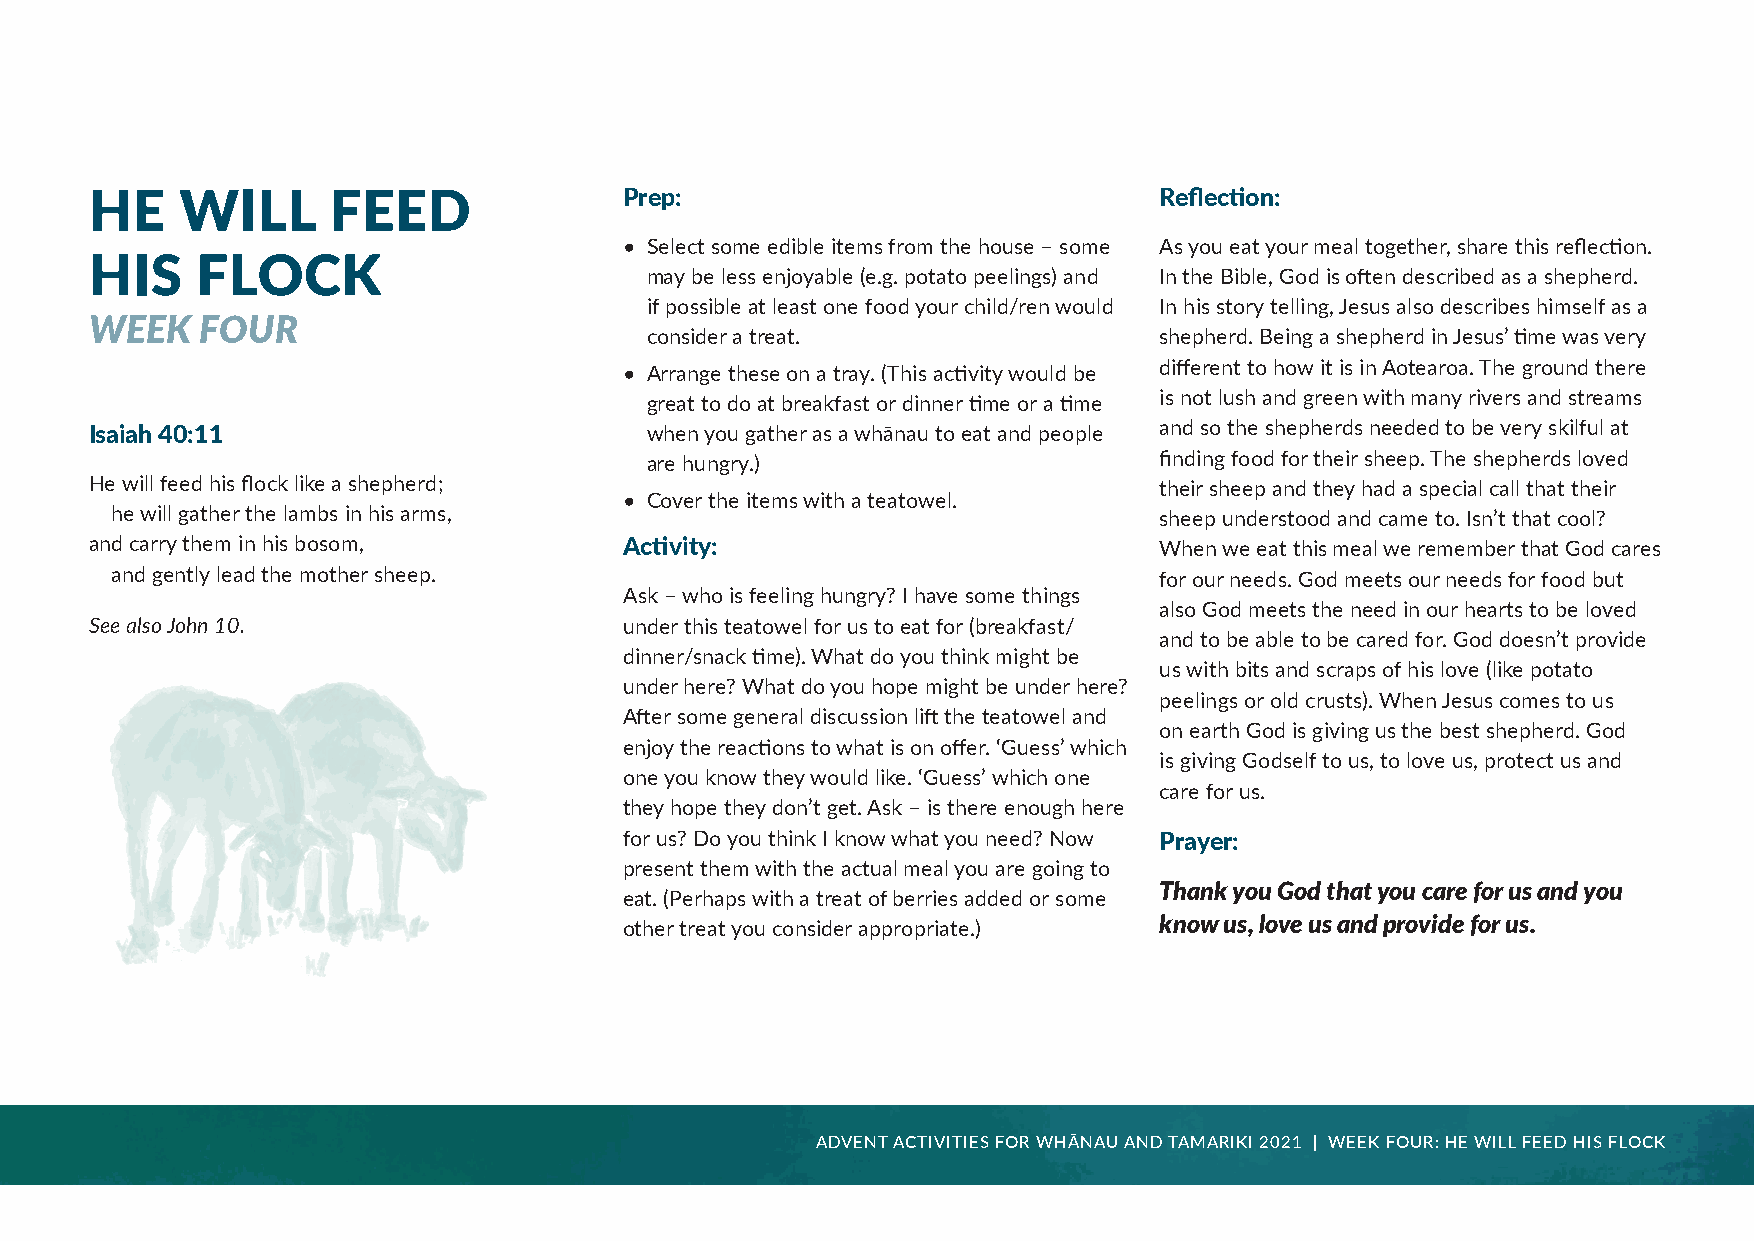
HE    WILL      FEED               Prep:                               Reflection:
 • Select some edible items from the house – some As you eat your meal together, share this reflection.
 HIS    FLOCK
 may be less enjoyable (e.g. potato peelings) and In the Bible, God is often described as a shepherd.
 if possible at least one food your child/ren would In his story telling, Jesus also describes himself as a
 WEEK   FOUR
 consider a treat.                 shepherd. Being a shepherd in Jesus’ time was very
 • Arrange these on a tray. (This activity would be different to how it is in Aotearoa. The ground there
 great to do at breakfast or dinner time or a time is not lush and green with many rivers and streams
 Isaiah 40:11                         when you gather as a whānau to eat and people and so the shepherds needed to be very skilful at
 are hungry.)                      finding food for their sheep. The shepherds loved
 He will feed his flock like a shepherd;                                their sheep and they had a special call that their
 • Cover the items with a teatowel.
 he will gather the lambs in his arms,                                 sheep understood and came to. Isn’t that cool?
 and carry them in his bosom,       Activity:                           When we eat this meal we remember that God cares
 and gently lead the mother sheep.                                     for our needs. God meets our needs for food but
 Ask – who is feeling hungry? I have some things
 also God meets the need in our hearts to be loved
 See also John 10.                  under this teatowel for us to eat for (breakfast/
 and to be able to be cared for. God doesn’t provide
 dinner/snack time). What do you think might be
 us with bits and scraps of his love (like potato
 under here? What do you hope might be under here?
 peelings or old crusts). When Jesus comes to us
 After some general discussion lift the teatowel and
 on earth God is giving us the best shepherd. God
 enjoy the reactions to what is on offer. ‘Guess’ which
 is giving Godself to us, to love us, protect us and
 one you know they would like. ‘Guess’ which one
 care for us.
 they hope they don’t get. Ask – is there enough here
 for us? Do you think I know what you need? Now Prayer:
 present them with the actual meal you are going to
 Thank you God that you care for us and you
 eat. (Perhaps with a treat of berries added or some
 other treat you consider appropriate.) know us, love us and provide for us.
 ADVENT ACTIVITIES FOR WHĀNAU AND TAMARIKI 2021 | WEEK FOUR: HE WILL FEED HIS FLOCK